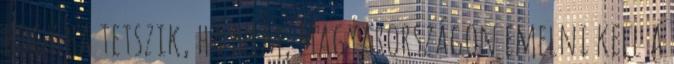
hogy ha tetszik, ha nem, Magyarországon emelni kell a